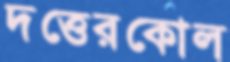
দত্তেরকোল